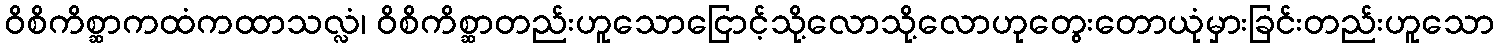
ဝိစိကိစ္ဆာကထံကထာသလ္လံ၊ ဝိစိကိစ္ဆာတည်းဟူသောငြောင့်သို့လောသို့လောဟုတွေးတောယုံမှားခြင်းတည်းဟူသော